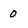
Character: o